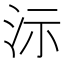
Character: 沶